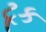
ટૂક